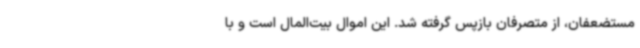
مستضعفان، از متصرفان بازپس گرفته شد. این اموال بیت‌المال است و با